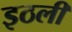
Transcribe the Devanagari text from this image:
इठली